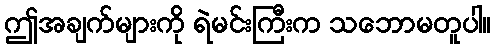
ဤအချက်များကို ရဲမင်းကြီးက သဘောမတူပါ။